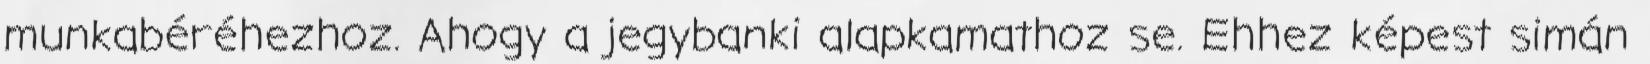
munkabéréhezhoz. Ahogy a jegybanki alapkamathoz se. Ehhez képest simán